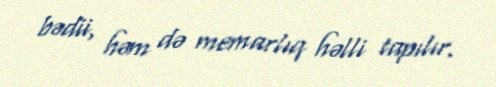
bədii, həm də memarlıq həlli tapılır.